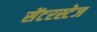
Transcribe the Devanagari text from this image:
सेंटरस्टेज